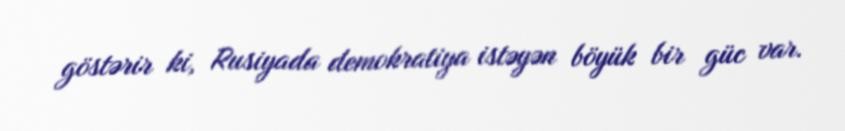
göstərir ki, Rusiyada demokratiya istəyən böyük bir güc var.